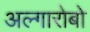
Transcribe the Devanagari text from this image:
अल्गारोबो